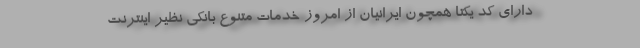
دارای کد یکتا همچون ایرانیان از امروز خدمات متنوع بانکی نظیر اینترنت